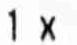
1 X